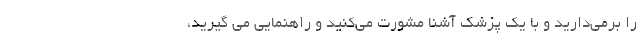
را برمی‌دارید و با یک پزشک آشنا مشورت می‌کنید و راهنمایی می گیرید،